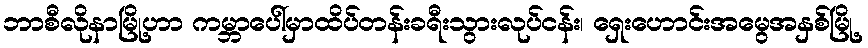
ဘာစီလိုနာမြို့ဟာ ကမ္ဘာပေါ်မှာထိပ်တန်းခရီးသွားလုပ်ငန်း၊ ရှေးဟောင်းအမွေအနှစ်မြို့